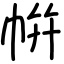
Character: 帲